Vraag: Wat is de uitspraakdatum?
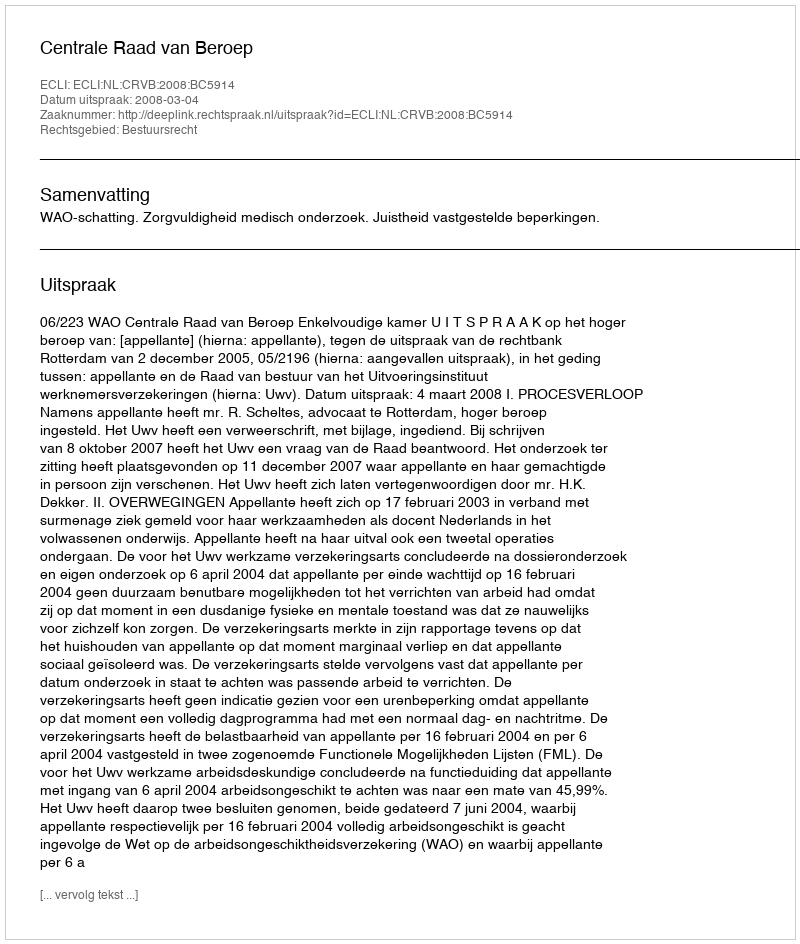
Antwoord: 2008-03-04